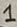
Text: 1